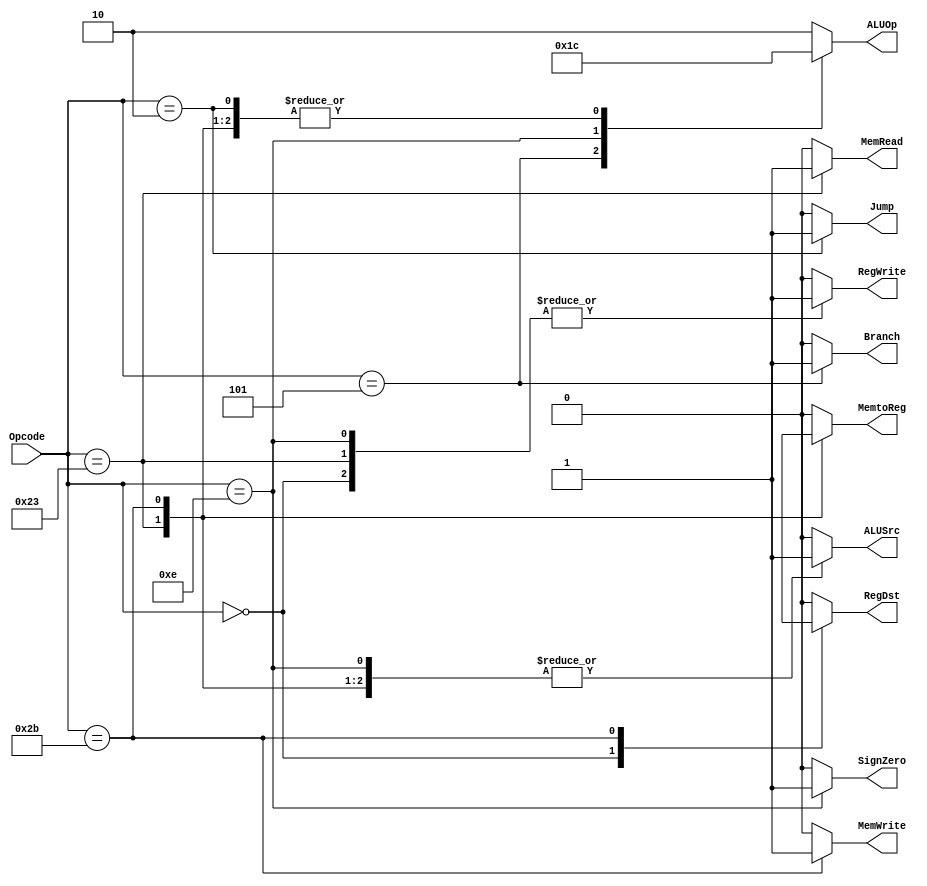
`timescale 1ns / 1ps
//////////////////////////////////////////////////////////////////////////////////
// Company: 
// Engineer: 
// 
// Design Name: 
// Module Name: Control
// Project Name: 
// Target Devices: 
// Tool Versions: 
// Description: 
// 
// Dependencies: 
// 
// Revision:
// Revision 0.01 - File Created
// Additional Comments:
// 
//////////////////////////////////////////////////////////////////////////////////


module Control(
RegDst,
ALUSrc,
MemtoReg,
RegWrite,
MemRead,
MemWrite,
Branch,
ALUOp,
Jump,
SignZero,
Opcode
);

output RegDst,ALUSrc,MemtoReg,RegWrite,MemRead,MemWrite,Branch,Jump,SignZero;
output [1:0] ALUOp;
input [5:0] Opcode;


reg RegDst,ALUSrc,MemtoReg,RegWrite,MemRead,MemWrite,Branch,Jump,SignZero;
reg [1:0] ALUOp;

always @(*)
casex (Opcode)
 6'b000000 : begin // R - type
     RegDst = 1'b1;
     ALUSrc = 1'b0;
     MemtoReg= 1'b0;
     RegWrite= 1'b1;
     MemRead = 1'b0;
     MemWrite= 1'b0;
     Branch = 1'b0;
     ALUOp = 2'b10;
     Jump = 1'b0;
     SignZero= 1'b0;
    end
    
 6'b100011 : begin // lw - load word
     RegDst = 1'b0;
     ALUSrc = 1'b1;
     MemtoReg= 1'b1;
     RegWrite= 1'b1;
     MemRead = 1'b1;
     MemWrite= 1'b0;
     Branch = 1'b0;
     ALUOp = 2'b00;
     Jump = 1'b0;
     SignZero= 1'b0; // sign extend
    end
    
 6'b101011 : begin // sw - store word
     RegDst = 1'bx;
     ALUSrc = 1'b1;
     MemtoReg= 1'bx;
     RegWrite= 1'b0;
     MemRead = 1'b0;
     MemWrite= 1'b1;
     Branch = 1'b0;
     ALUOp = 2'b00;
     Jump = 1'b0;
     SignZero= 1'b0;
    end
    
 6'b000101 : begin // bne - branch if not equal
     RegDst = 1'b0;
     ALUSrc = 1'b0;
     MemtoReg= 1'b0;
     RegWrite= 1'b0;
     MemRead = 1'b0;
     MemWrite= 1'b0;
     Branch = 1'b1;
     ALUOp = 2'b01;
     Jump = 1'b0;
     SignZero= 1'b0; // sign extend
    end
    
 6'b001110 : begin // XORI - XOR immidiate
     RegDst = 1'b0;
     ALUSrc = 1'b1;
     MemtoReg= 1'b0;
     RegWrite= 1'b1;
     MemRead = 1'b0;
     MemWrite= 1'b0;
     Branch = 1'b0;
     ALUOp = 2'b11;
     Jump = 1'b0;
     SignZero= 1'b1; // zero extend
    end
    
 6'b000010 : begin // j - Jump
     RegDst = 1'b0;
     ALUSrc = 1'b0;
     MemtoReg= 1'b0;
     RegWrite= 1'b0;
     MemRead = 1'b0;
     MemWrite= 1'b0;
     Branch = 1'b0;
     ALUOp = 2'b00;
     Jump = 1'b1;
     SignZero= 1'b0;
    end
    
 default : begin 
     RegDst = 1'b0;
     ALUSrc = 1'b0;
     MemtoReg= 1'b0;
     RegWrite= 1'b0;
     MemRead = 1'b0;
     MemWrite= 1'b0;
     Branch = 1'b0;
     ALUOp = 2'b10;
     Jump = 1'b0;
     SignZero= 1'b0;
    end
 
endcase

endmodule